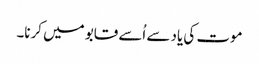
موت کی یاد سے اُسے قابو میں کرنا۔